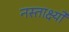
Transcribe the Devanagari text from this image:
नस्तार्क्ष्यो